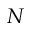
N